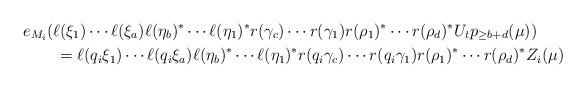
LaTeX: \begin{align*}&e_{M_i}(\ell(\xi_1)\cdots\ell(\xi_a)\ell(\eta_b)^\ast\cdots\ell(\eta_1)^\ast r(\gamma_c)\cdots r(\gamma_1)r(\rho_1)^\ast\cdots r(\rho_d)^\ast U_tp_{\geq b+d}(\mu)) \\&\qquad= \ell(q_i \xi_1)\cdots\ell(q_i \xi_a)\ell(\eta_b)^\ast\cdots\ell(\eta_1)^\ast r(q_i \gamma_c)\cdots r(q_i \gamma_1)r(\rho_1)^\ast\cdots r(\rho_d)^\ast Z_i(\mu)\end{align*}